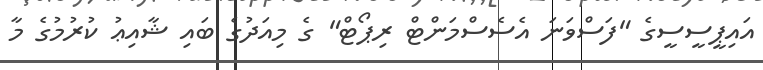
އައިޕީސީސީގެ "ފަސްވަނަ އެސެސްމަންޓް ރިޕޯޓް" ގެ މިއަދުގެ ބައި ޝާއިޢު ކުރުމުގެ މާ